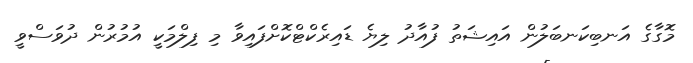
މޮގާގެ އަނބިކަނބަލުން އައިޝަތު ފުއާދު ލިޔެ ޑައިރެކްޓްކޮށްފައިވާ މި ފިލްމަކީ އުމުރުން ދުވަސްވީ